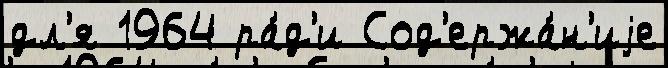
дл'я 1964 ра́д'и Сод'ержа́н'иjе